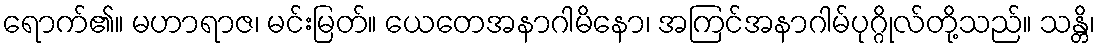
ရောက်၏။ မဟာရာဇ၊ မင်းမြတ်။ ယေတေအနာဂါမိနော၊ အကြင်အနာဂါမ်ပုဂ္ဂိုလ်တို့သည်။ သန္တိ၊